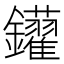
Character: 𨰑